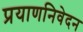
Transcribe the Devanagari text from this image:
प्रयाणनिवेदन